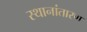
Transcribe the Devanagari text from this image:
स्थानांतारण